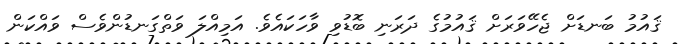
ޤައުމު ބަނޑަށް ޖެހޭވަރަށް ޤައުމުގެ ދަރަނި ބޮޑުވި ވާހަކައެވެ. އަމިއްލަ ވަތްގަނޑުންވެސް ވައްކަން